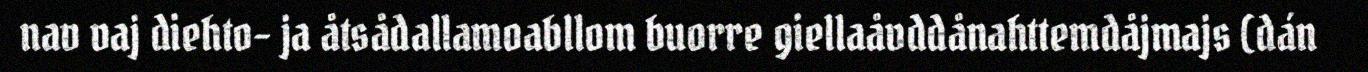
nav vaj diehto- ja åtsådallamoabllom buorre giellaåvddånahttemdåjmajs (dán